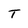
Character: T